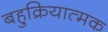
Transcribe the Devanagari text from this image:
बहुक्रियात्मक